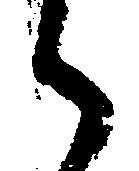
候